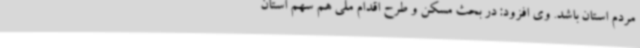
مردم استان باشد. وی افزود: در بحث مسکن و طرح اقدام ملی هم سهم استان